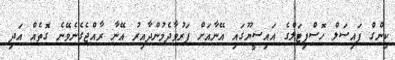
ކިންގް ފައިސަލް ހޮސްޕިޓަލްގެ އައިސީޔޫގައި އޭނާއަށް ފަރުވާދެމުންދާއިރު އޭނާ ރާއްޖެގެނެވޭނެ ގޮތެއް އަދި